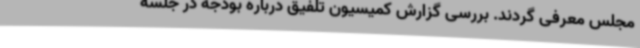
مجلس معرفی گردند. بررسی گزارش کمیسیون تلفیق درباره بودجه در جلسه